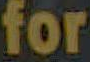
for